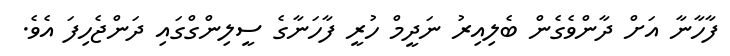
ފާހާނާ އަށް ދާންވެގެން ބެލިއިރު ނަދީމް ހުރީ ފާހަނާގެ ސީލިންގްގައި ދަންޖެހިފަ އެވެ.